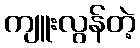
ကျူးလွန်တဲ့